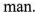
man.